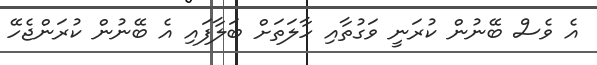
އެ ވެސް ބޭނުން ކުރަނީ ވަގުތާއި ހާލަތަށް ބަލާފައި އެ ބޭނުން ކުރަންޖެހޭ